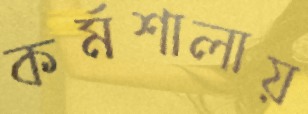
কর্মশালায়